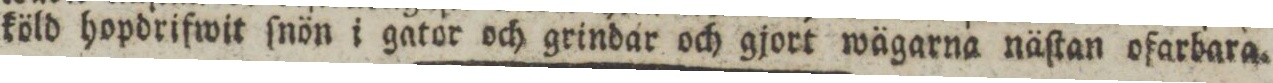
köld hopdrifwit ſnön i gator och grindar och gjort wägarna näſtan ofarbara.